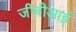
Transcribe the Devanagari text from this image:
जीबीआई